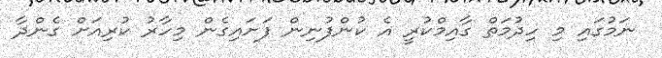
ނަމުގައި މި ހިދުމަތް ގާއިމްކުރީ އެ ކުންފުނިން ފަށައިގެން މިހާރު ކުރިއަށް ގެންދާ